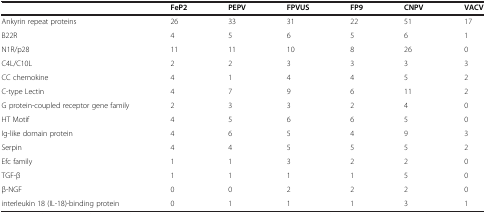
|  | FeP2 | PEPV | FPVUS | FP9 | CNPV | VACV |
 | --- | --- | --- | --- | --- | --- | --- |
 | Ankyrin repeat proteins | 26 | 33 | 31 | 22 | 51 | 17 |
 | B22R | 4 | 5 | 6 | 5 | 6 | 1 |
 | N1R/p28 | 11 | 11 | 10 | 8 | 26 | 0 |
 | C4L/C10L | 2 | 2 | 3 | 3 | 3 | 3 |
 | CC chemokine | 4 | 1 | 4 | 4 | 5 | 2 |
 | C-type Lectin | 4 | 7 | 9 | 6 | 11 | 2 |
 | G protein-coupled receptor gene family | 2 | 3 | 3 | 2 | 4 | 0 |
 | HT Motif | 4 | 5 | 6 | 6 | 5 | 0 |
 | Ig-like domain protein | 4 | 6 | 5 | 4 | 9 | 3 |
 | Serpin | 4 | 4 | 5 | 5 | 5 | 2 |
 | Efc family | 1 | 1 | 3 | 2 | 2 | 0 |
 | TGF-β | 1 | 1 | 1 | 1 | 5 | 0 |
 | β-NGF | 0 | 0 | 2 | 2 | 2 | 0 |
 | interleukin 18 (IL-18)-binding protein | 0 | 1 | 1 | 1 | 3 | 1 |